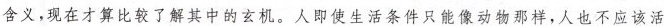
含义,现在才算比较了解其中的玄机。人即使生活条件只能像动物那样，人也不应该活